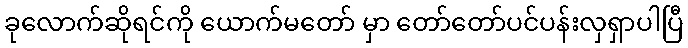
ခုလောက်ဆိုရင်ကို ယောက်မတော် မှာ တော်တော်ပင်ပန်းလှရှာပါပြီ